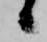
候